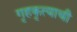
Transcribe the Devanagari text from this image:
गृहकृत्याची